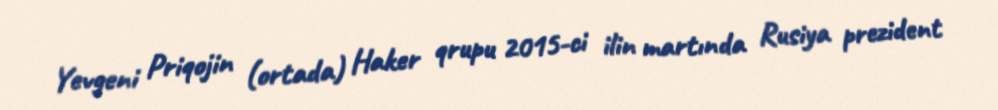
Yevgeni Priqojin (ortada) Haker qrupu 2015-ci ilin martında Rusiya prezident